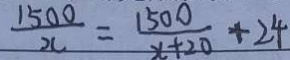
\frac { 1 5 0 0 } { x } = \frac { 1 5 0 0 } { x + 2 0 } + 2 4